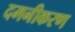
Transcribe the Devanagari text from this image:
दमनीकरण